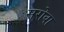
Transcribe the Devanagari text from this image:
सरोवा